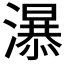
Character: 𱩧